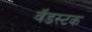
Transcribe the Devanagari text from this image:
वॅडस्टक